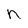
Character: n